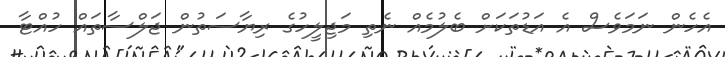
އެހެން ނަމަވެސް އެ އަޑުތަކަށް ބެލުމެއް ނެތި މަޖިލީހުގެ ރިޔާސަތުން ޖަލްސާތައް ހުއްޓާ